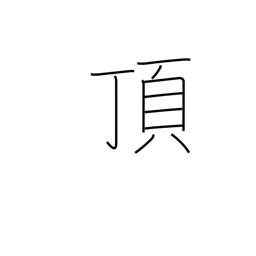
Meaning: receive